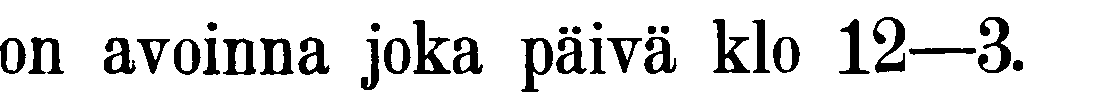
on avoinna joka päivä klo 12-3.